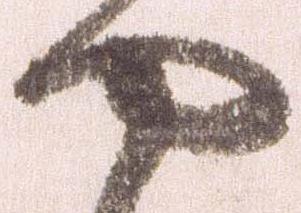
や